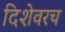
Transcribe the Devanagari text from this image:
दिशेवरच